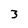
Character: 3